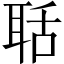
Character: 聒